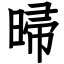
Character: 㫶